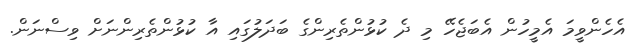
އެހެންވީމަ އެމީހުން އެބަޖެހޭ މި ދެ ކުޅުންތެރިންގެ ބަދަލުގައި އާ ކުޅުންތެރިންނަށް ވިސްނަން.